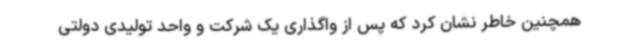
همچنین خاطر نشان کرد که پس از واگذاری یک شرکت و واحد تولیدی دولتی